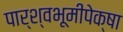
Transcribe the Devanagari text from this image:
पार्श्वभूमीपेक्षा